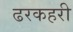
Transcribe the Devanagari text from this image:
ढरकहरी